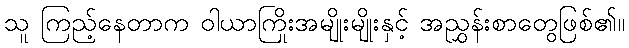
သူ ကြည့်နေတာက ဝါယာကြိုးအမျိုးမျိုးနှင့် အညွှန်းစာတွေဖြစ်၏။